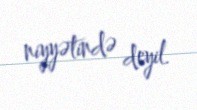
niyyətində deyil.